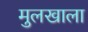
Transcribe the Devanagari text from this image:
मुलखाला